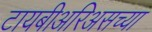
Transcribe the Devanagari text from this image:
टायबीअरिअसच्या